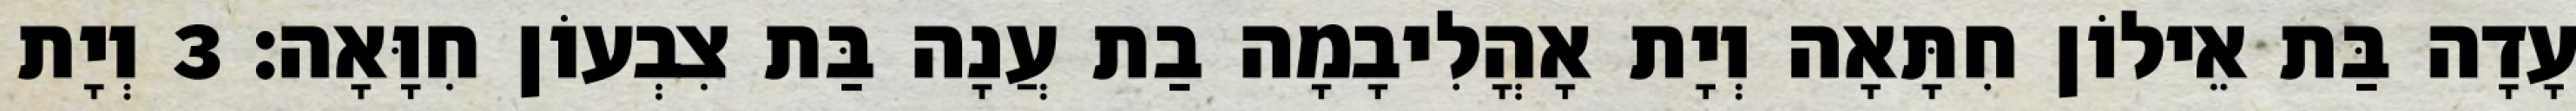
עָדָה בַּת אֵילוֹן חִתָּאָה וְיָת אָהֳלִיבָמָה בַת עֲנָה בַּת צִבְעוֹן חִוָּאָה׃ 3 וְיָת